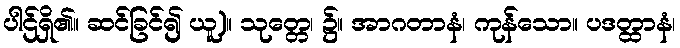
ပါဌ်ရှိ၏။ ဆင်ခြင်၍ ယူ)။ သုတ္တေ၊ ၌။ အာဂတာနံ၊ ကုန်သော။ ပဒတ္ထာနံ၊